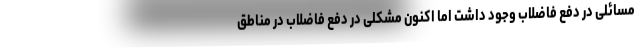
مسائلی در دفع فاضلاب وجود داشت اما اکنون مشکلی در دفع فاضلاب در مناطق